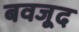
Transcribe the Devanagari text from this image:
बवजूद